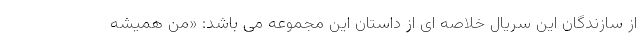
از سازندگان این سریال خلاصه ای از داستان این مجموعه می باشد: «من همیشه